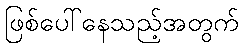
ဖြစ်ပေါ်နေသည့်အတွက်